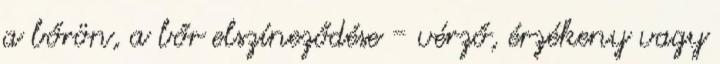
a bőrön, a bőr elszíneződése - vérző, érzékeny vagy